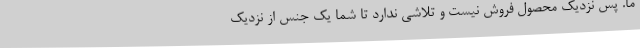
ما. پس نزدیک محصول فروش نیست و تلاشی ندارد تا شما یک جنس از نزدیک